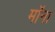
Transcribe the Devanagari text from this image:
मॉना